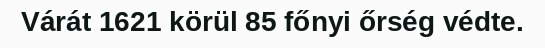
Várát 1621 körül 85 főnyi őrség védte.